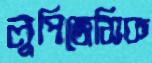
লুপিজেসিক